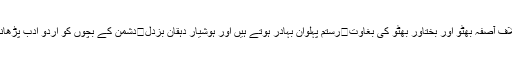
زرداری صاحب کے خلاف آصفہ بھٹو اور بختاور بھٹو کی بغاوت	رستم پہلوان بہادر ہوتے ہیں اور ہوشیار دہقان بزدل	دشمن کے بچوں کو اردو ادب پڑھانا	ڈھولا لمے نہ ونج او۔